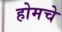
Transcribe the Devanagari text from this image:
होमचे